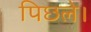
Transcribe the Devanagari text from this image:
पिछले।